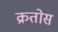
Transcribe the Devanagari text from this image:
क्रतोस